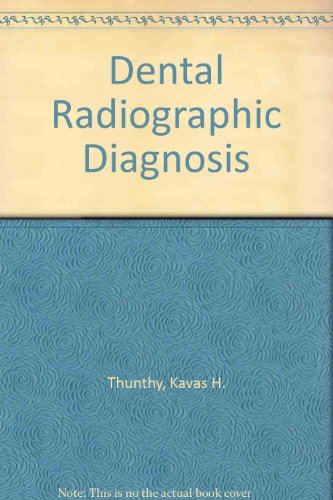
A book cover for Dental Radiographic Diagnosis; Kavas H. Thunthy; Medical Books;